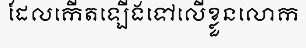
ដែលកើតឡើងទៅលើខ្លួនលោក